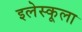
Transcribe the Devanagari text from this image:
इलेस्कूला